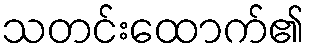
သတင်းထောက်၏